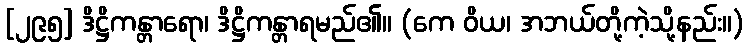
[၂၉၅] ဒိဋ္ဌိကန္တာရော၊ ဒိဋ္ဌိကန္တာရမည်၏။ (ကေ ဝိယ၊ အဘယ်တို့ကဲ့သို့နည်း။)